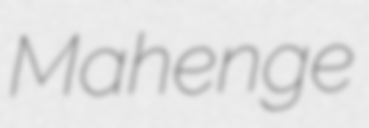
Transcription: Mahenge